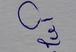
Signature authenticity: forged